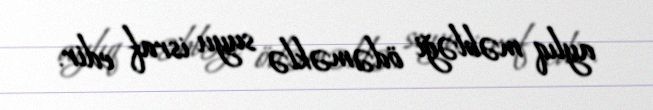
aylıq məbləği ödəməklə suyu israf edir.